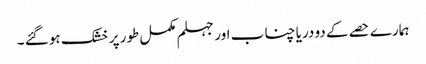
ہمارے حصے کے دو دریا چناب اور جہلم مکمل طور پر خشک ہو گئے ۔